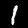
Digit: 1